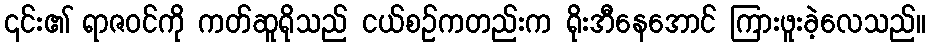
၎င်း၏ ရာဇဝင်ကို ကတ်ဆူရိုသည် ငယ်စဉ်ကတည်းက ရိုးအီနေအောင် ကြားဖူးခဲ့လေသည်။